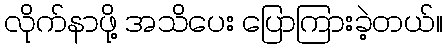
လိုက်နာဖို့ အသိပေး ပြောကြားခဲ့တယ်။